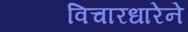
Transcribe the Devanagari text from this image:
विचारधारेने